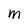
Character: M